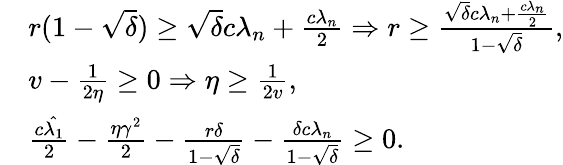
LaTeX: \begin{array}{rl}&{r(1-\sqrt{\delta})\geq\sqrt{\delta}c\lambda_{n}+\frac{c\lambda_{n}}{2}\Rightarrow r\geq\frac{\sqrt{\delta}c\lambda_{n}+\frac{c\lambda_{n}}{2}}{1-\sqrt{\delta}},}\\ &{v-\frac{1}{2\eta}\geq 0\Rightarrow\eta\geq\frac{1}{2v},}\\ &{\frac{c\hat{\lambda_{1}}}{2}-\frac{\eta\gamma^{2}}{2}-\frac{r\delta}{1-\sqrt{\delta}}-\frac{\delta c\lambda_{n}}{1-\sqrt{\delta}}\geq 0.}\end{array}